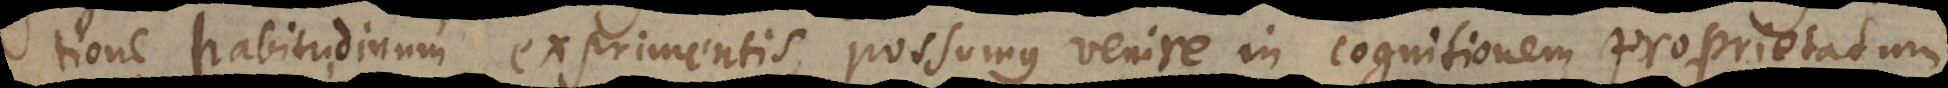
tione habitudinum exprimentis, possumus venire in cognitionem proprietatum